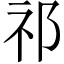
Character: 祁